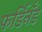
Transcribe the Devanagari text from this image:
फर्डिनँड